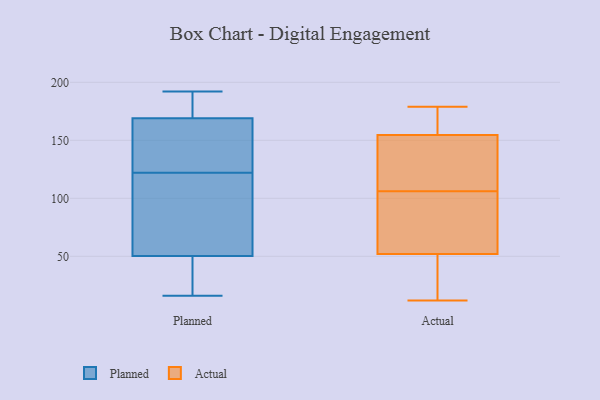
{"axis": {"x": "Revenue (USD Million)", "y": "Value"}, "legend": ["Actual", "Planned"], "data": [{"x": "", "y": 47, "type": "Planned"}, {"x": "", "y": 122, "type": "Planned"}, {"x": "", "y": 110, "type": "Planned"}, {"x": "", "y": 68, "type": "Planned"}, {"x": "", "y": 148, "type": "Planned"}, {"x": "", "y": 173, "type": "Planned"}, {"x": "", "y": 60, "type": "Planned"}, {"x": "", "y": 16, "type": "Planned"}, {"x": "", "y": 179, "type": "Planned"}, {"x": "", "y": 192, "type": "Planned"}, {"x": "", "y": 41, "type": "Planned"}, {"x": "", "y": 157, "type": "Planned"}, {"x": "", "y": 43, "type": "Planned"}, {"x": "", "y": 175, "type": "Planned"}, {"x": "", "y": 147, "type": "Planned"}, {"x": "", "y": 74, "type": "Actual"}, {"x": "", "y": 170, "type": "Actual"}, {"x": "", "y": 164, "type": "Actual"}, {"x": "", "y": 137, "type": "Actual"}, {"x": "", "y": 179, "type": "Actual"}, {"x": "", "y": 114, "type": "Actual"}, {"x": "", "y": 83, "type": "Actual"}, {"x": "", "y": 171, "type": "Actual"}, {"x": "", "y": 106, "type": "Actual"}, {"x": "", "y": 106, "type": "Actual"}, {"x": "", "y": 145, "type": "Actual"}, {"x": "", "y": 22, "type": "Actual"}, {"x": "", "y": 13, "type": "Actual"}, {"x": "", "y": 12, "type": "Actual"}, {"x": "", "y": 60, "type": "Actual"}, {"x": "", "y": 44, "type": "Actual"}]}